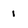
Character: i